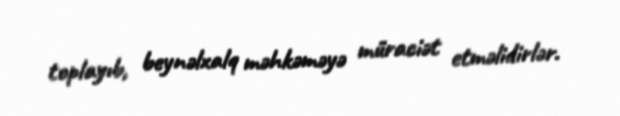
toplayıb, beynəlxalq məhkəməyə müraciət etməlidirlər.